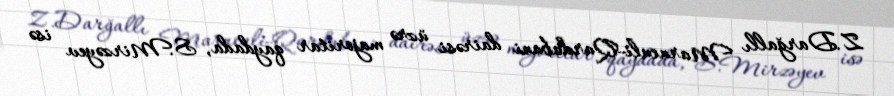
Z.Darğallı Marneuli-Qardabani dairəsi üzrə majoritar qaydada, S.Mirzəyev isə